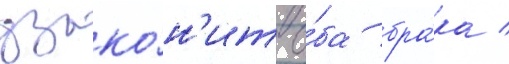
узако́н'ит о́ба бра́ка /